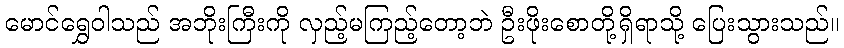
မောင်ရွှေဝါသည် အဘိုးကြီးကို လှည့်မကြည့်တော့ဘဲ ဦးဖိုးစောတို့ရှိရာသို့ ပြေးသွားသည်။